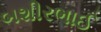
બશીરભાઈ